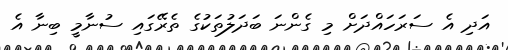
އަދި އެ ސަރަހައްދަށް މި ގެންނަ ބަދަލުތަކުގެ ތެރޭގައި ސުނާމީ ބިނާ އެ